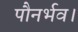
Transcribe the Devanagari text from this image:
पौनर्भव।